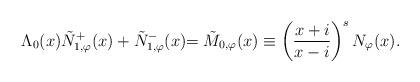
\begin{align*}\Lambda_0(x) \tilde{N}_{1,\varphi}^{+}(x) + \tilde{N}_{1,\varphi}^{-}(x) {=\tilde{M}_{0,\varphi}(x)\equiv \left(\frac{x + i}{x - i}\right)^s N_{\varphi}(x).}\end{align*}